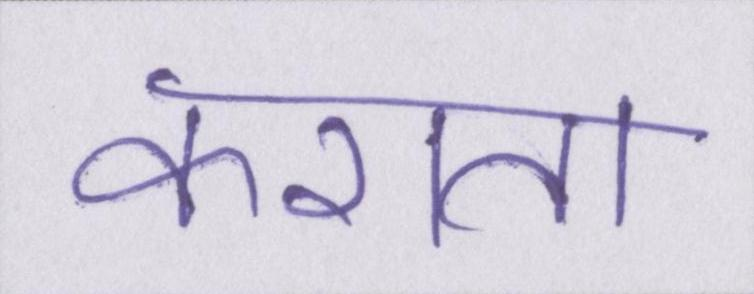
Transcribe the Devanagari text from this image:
कराता